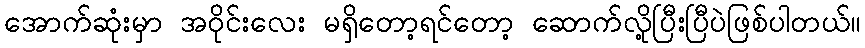
အောက်ဆုံးမှာ အဝိုင်းလေး မရှိတော့ရင်တော့ ဆောက်လို့ပြီးပြီပဲဖြစ်ပါတယ်။